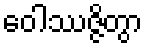
ဝေါဿဇ္ဇိတွာ